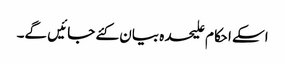
اسکے احکام علیحدہ بیان کئے جائیں گے۔